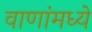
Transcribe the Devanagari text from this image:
वाणांमध्ये